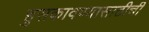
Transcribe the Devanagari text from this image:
हुसकावण्यासाठीची